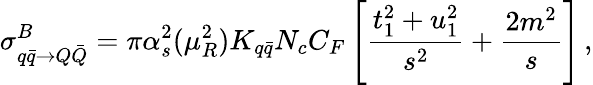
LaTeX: \sigma_{q{\bar{q}}\rightarrow Q{\bar{Q}}}^{B}=\pi\alpha_{s}^{2}(\mu_{R}^{2})K_{q\bar{q}}N_{c}C_{F}\left[\frac{t_{1}^{2}+u_{1}^{2}}{s^{2}}+\frac{2m^{2}}{s}\right]\, ,